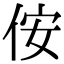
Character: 侒